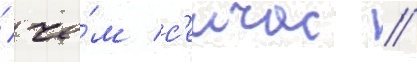
/ че́м с'еичас /